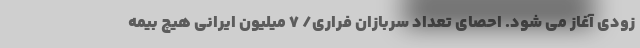
زودی آغاز می شود. احصای تعداد سربازان فراری/ ۷ میلیون ایرانی هیچ بیمه